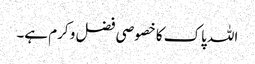
اللہ پاک کا خصوصی فضل و کرم ہے۔